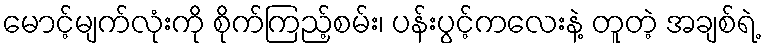
မောင့်မျက်လုံးကို စိုက်ကြည့်စမ်း၊ ပန်းပွင့်ကလေးနဲ့ တူတဲ့ အချစ်ရဲ့